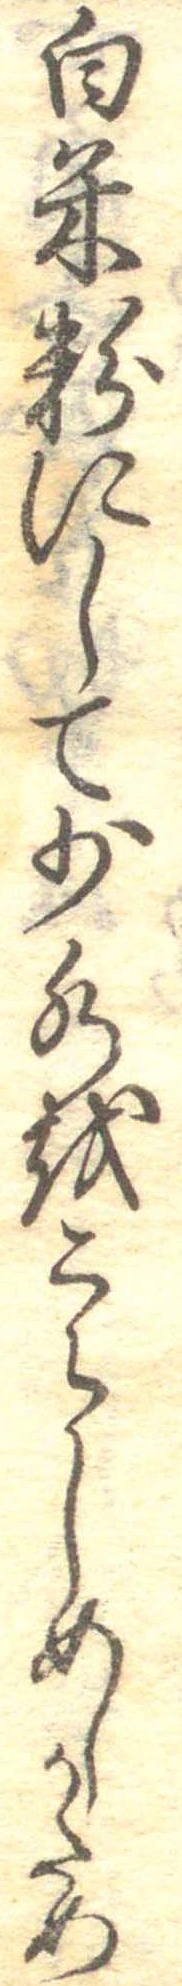
白米粉にして少水をたらしめしかため